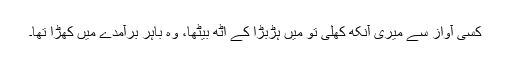
کسی آواز سے میری آنکھ کھلی تو میں ہڑبڑا کے اٹھ بیٹھا، وہ باہر برآمدے میں کھڑا تھا۔